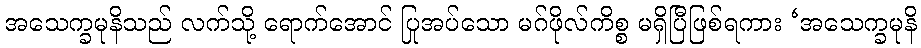
အသေက္ခမုနိသည် လက်သို့ ရောက်အောင် ပြုအပ်သော မဂ်ဖိုလ်ကိစ္စ မရှိပြီဖြစ်ရကား ‘အသေက္ခမုနိ